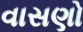
વાસણો